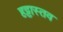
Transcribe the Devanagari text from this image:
हट्टास्तव